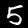
Digit: 5